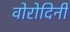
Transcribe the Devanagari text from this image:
वोरोदिनी